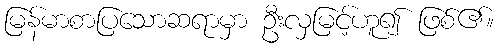
မြန်မာစာပြသောဆရာမှာ ဦးလှမြင့်ဟူ၍ ဖြစ်၏။